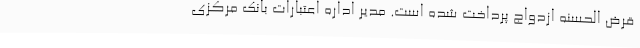
قرض الحسنه ازدواج پرداخت شده است. مدیر اداره اعتبارات بانک مرکزی